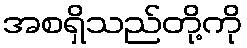
အစရှိသည်တို့ကို